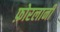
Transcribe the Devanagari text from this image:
फ़ोरलानी